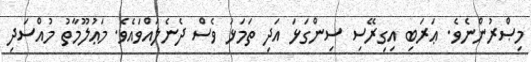
މިޞްރުންނެވެ. ޢަރަބި އިގިރޭސި ސިންގަޅަ އަދި ތަމަޅަ ވެސް ދެނެލައްވައެވެ. މަޢުލޫމާތު މުއްސަދި